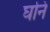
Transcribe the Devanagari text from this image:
घनि